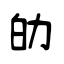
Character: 劰